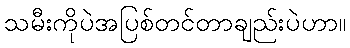
သမီးကိုပဲအပြစ်တင်တာချည်းပဲဟာ။